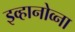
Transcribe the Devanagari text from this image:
इव्हानोव्ना